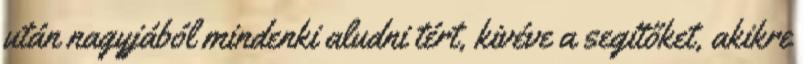
után nagyjából mindenki aludni tért, kivéve a segítőket, akikre